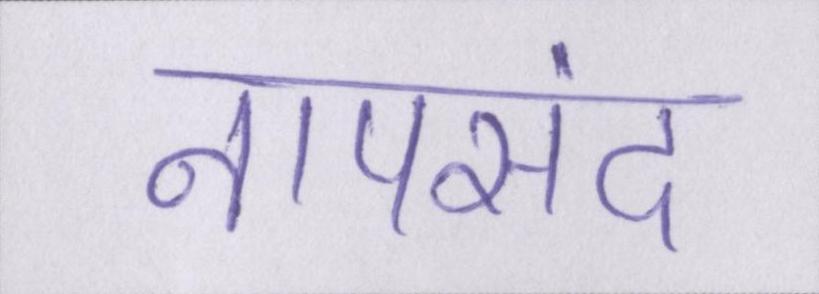
नापसंद